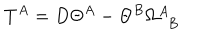
LaTeX: T ^ { A } = D \Theta ^ { A } - \Theta ^ { B } \Omega _ { ~ ~ B } ^ { A }